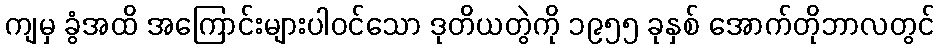
ကျမှ ခွံအထိ အကြောင်းများပါဝင်သော ဒုတိယတွဲကို ၁၉၅၅ ခုနှစ် အောက်တိုဘာလတွင်